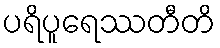
ပရိပူရေဿတီတိ